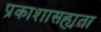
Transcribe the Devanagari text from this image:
प्रकाशासह्यता